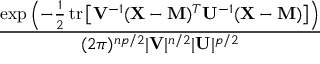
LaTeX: \frac { \exp \left( - { \frac { 1 } { 2 } } \, \mathrm { t r } \left[ \mathbf { V } ^ { - 1 } ( \mathbf { X } - \mathbf { M } ) ^ { T } \mathbf { U } ^ { - 1 } ( \mathbf { X } - \mathbf { M } ) \right] \right) } { ( 2 \pi ) ^ { n p / 2 } | \mathbf { V } | ^ { n / 2 } | \mathbf { U } | ^ { p / 2 } }